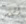
أليس